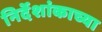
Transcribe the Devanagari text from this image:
निर्देशांकाच्या